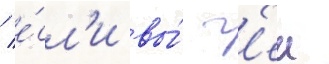
/ е́сл'и вы́ г'еи